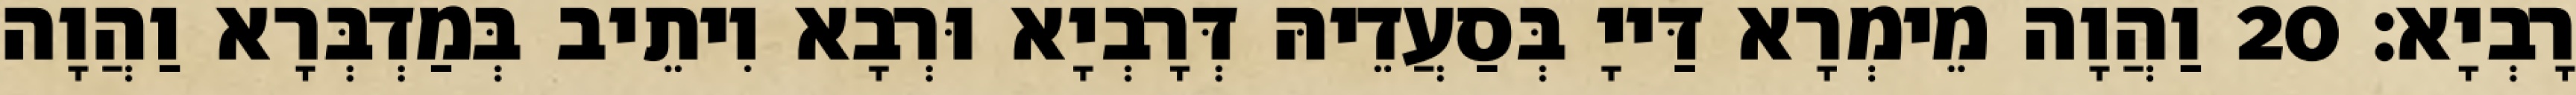
רָבְיָא׃ 20 וַהֲוָה מֵימְרָא דַּייָ בְּסַעֲדֵיהּ דְּרָבְיָא וּרְבָא וִיתֵיב בְּמַדְבְּרָא וַהֲוָה